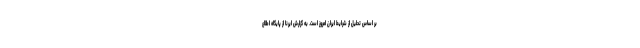
بر اساس تحلیل از شرایط ایران امروز است. به گزارش ایرنا از پایگاه اطلاع